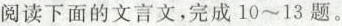
阅读下面的文言文，完成10~13题。